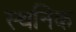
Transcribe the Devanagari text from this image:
स्थनिक